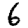
Digit: 6